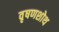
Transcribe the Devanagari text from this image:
वृषणशोथ